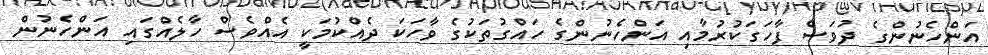
އަންހެނުންގެ ދުވަސް ފާހަގަކުރުމާއި އަންހެނުންގެ ހައްގުތަކުގެ ވާހަކަ ދެއްކުމަކީ އެއްވެސް ހާލެއްގައި އަންހެނުން